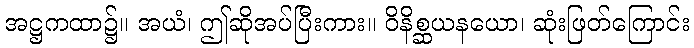
အဋ္ဌကထာ၌။ အယံ၊ ဤဆိုအပ်ပြီးကား။ ဝိနိစ္ဆယနယော၊ ဆုံးဖြတ်ကြောင်း